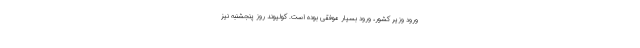
ورود وزیر کشور، ورود بسیار موفقی بوده است. کولیوند روز پنجشنبه نیز